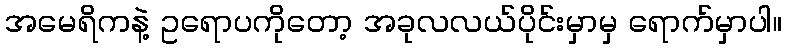
အမေရိကနဲ့ ဥရောပကိုတော့ အခုလလယ်ပိုင်းမှာမှ ရောက်မှာပါ။